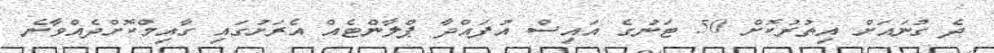
ދެ ގުނައަށް އިތުރުކޮށް 50 ޓަނުގެ އައިސް އުފައްދާ ޕްލާންޓެއް އެރަށުގައި ގާއިމްކޮށްދެއްވާނެ